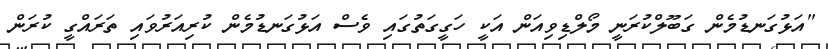
"އަޅުގަނޑުމެން ގަބޫލްކުރަނީ މޯލްޑިވިއަން އަކީ ހަގީގަތުގައި ވެސް އަޅުގަނޑުމެން ކުރިއަރުވައި ތަރައްގީ ކުރަން